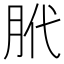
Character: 𫆛